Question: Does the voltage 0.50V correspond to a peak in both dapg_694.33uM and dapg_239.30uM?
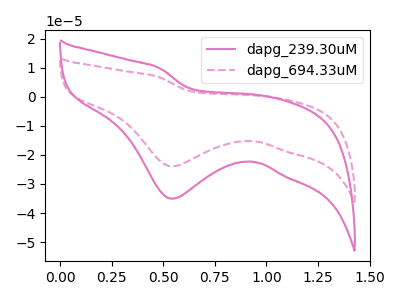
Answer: <think>The pink curve "dapg_239.30uM" has a cathodic peak at: (0.55V, -35.10uA). The pink dashed curve "dapg_694.33uM" has a cathodic peak at: (0.55V, -23.95uA).</think>
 <answer>No, "dapg_694.33uM" and "dapg_239.30uM" dont share a peak at 0.50V.</answer>
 <eval>mismatch</eval>